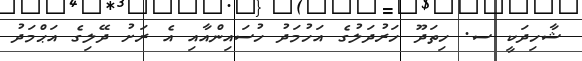
ޝާހިދަކީ ސ. ހިތަދޫ ހަރުދަލުގެ އަހުމަދު ހުސައިންއާއި އެ ރަށު ދޭލިގެ އަޙްމަދު